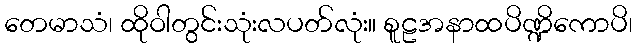
တေမာသံ၊ ထိုဝါတွင်းသုံးလပတ်လုံး။ စူဠအနာထပိဏ္ဍိကောပိ၊